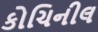
કોચિનીલ